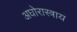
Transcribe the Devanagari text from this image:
अघोरास्त्राय